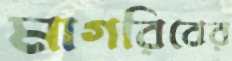
মাগরিবের